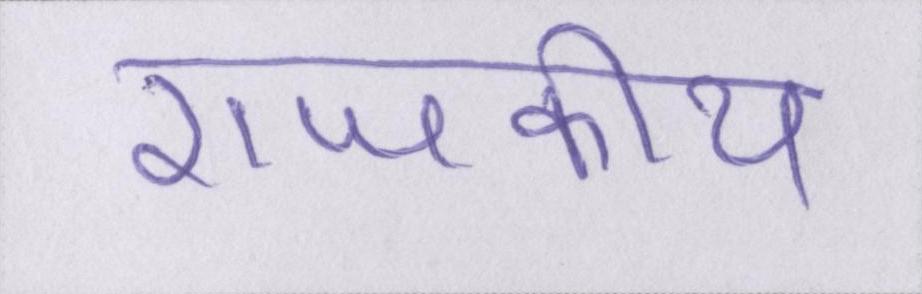
राजकीय